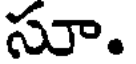
సూ.